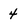
Character: 4